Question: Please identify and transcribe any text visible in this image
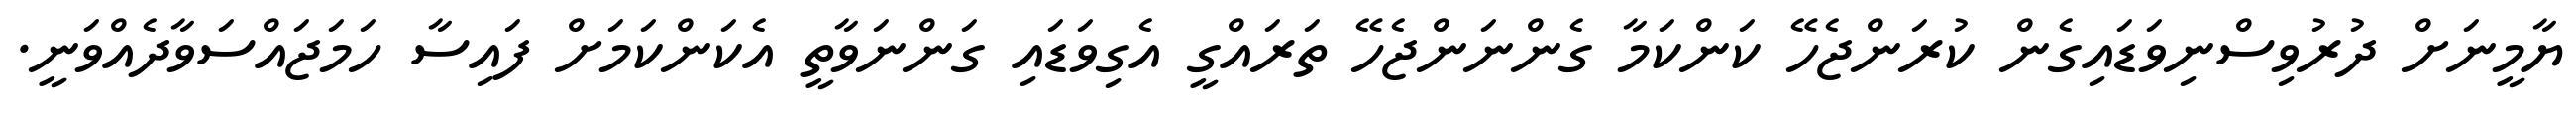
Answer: ޔާމީނަށް ދުރުވިސްނިވަޑައިގެން ކުރަންޖެހޭ ކަންކަމާ ގެންނަންޖެހޭ ތަރައްގީ އެގިވަޑައި ގަންނަވާތީ އެކަންކަމަށް ފައިސާ ހަމަޖައްސަވާދެއްވަނީ.